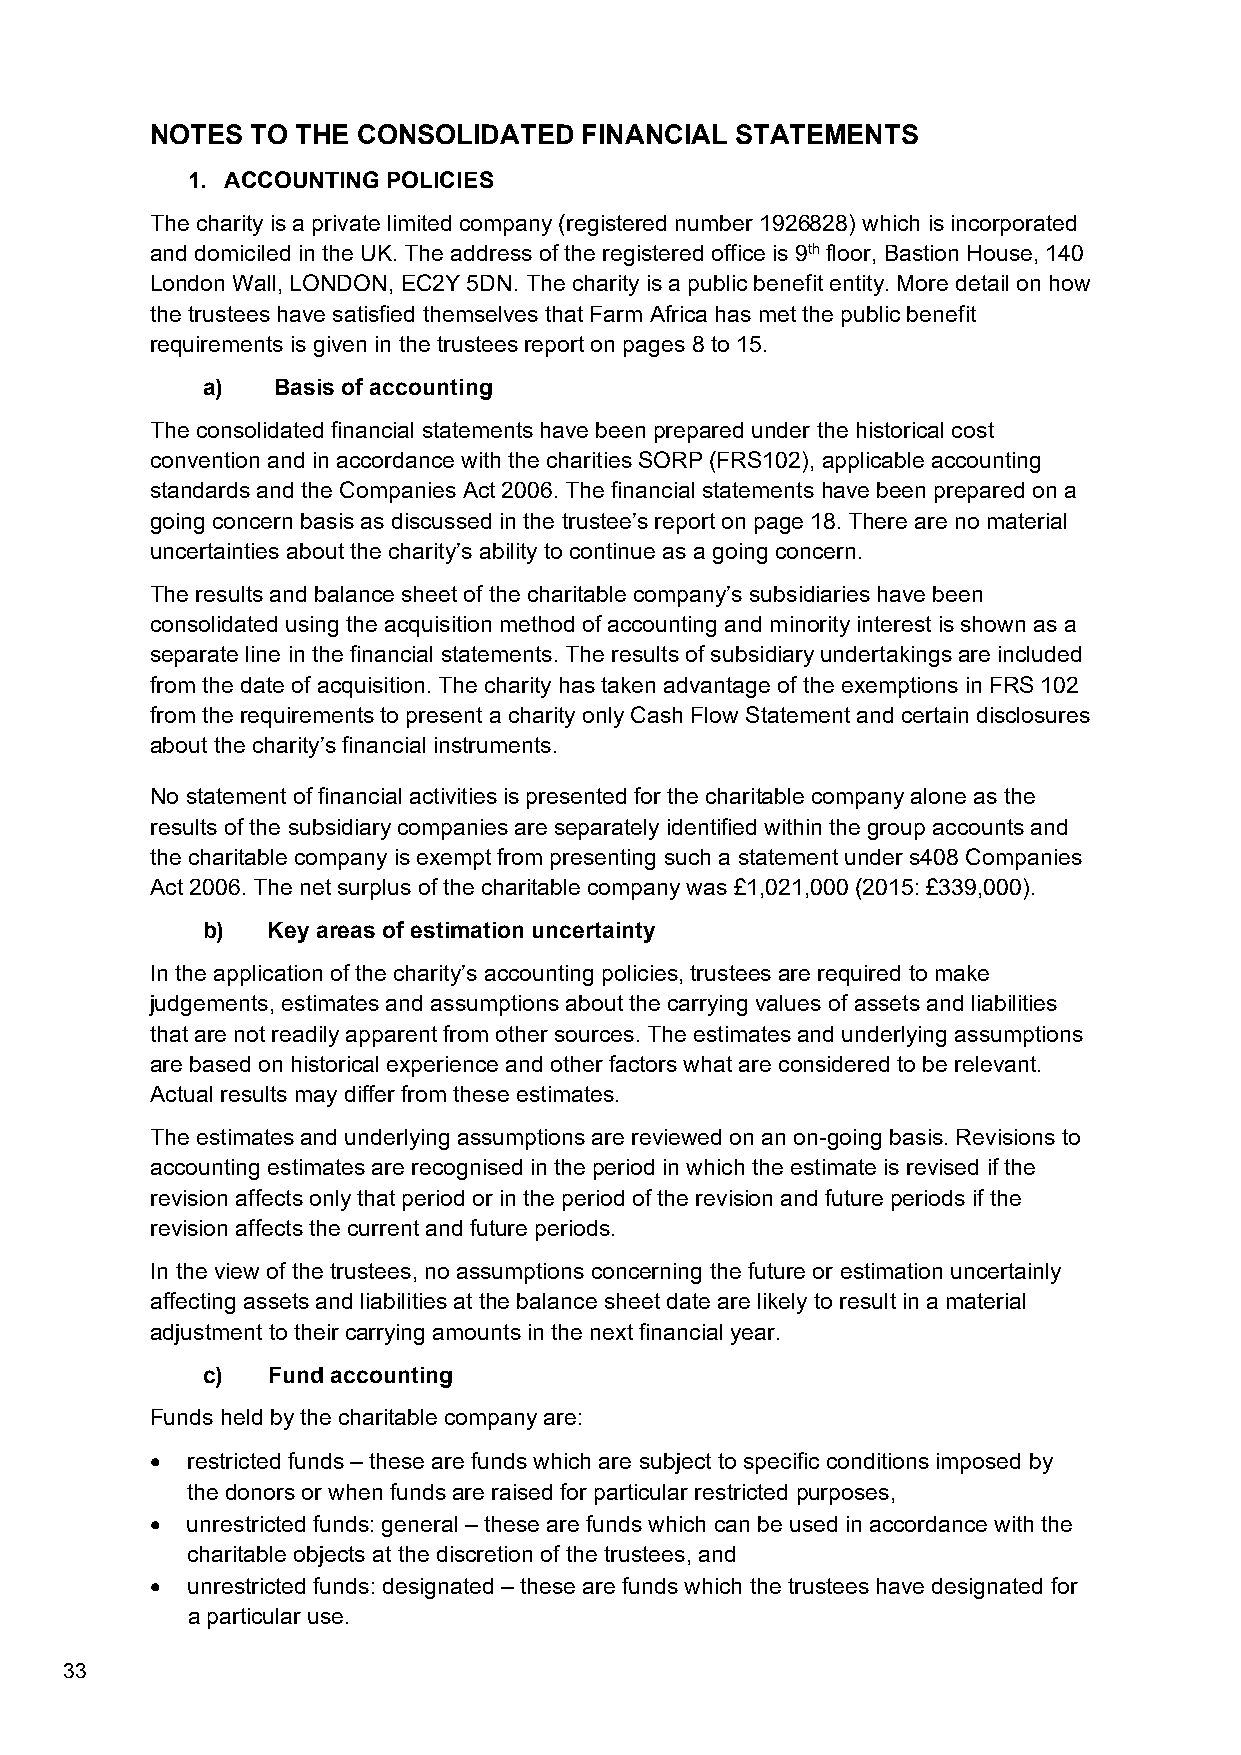
NOTES  TO THE CONSOLIDATED   FINANCIAL STATEMENTS
 1. ACCOUNTING POLICIES
 The charity is a private limited company (registered number 1926828) which is incorporated
 and domiciled in the UK. The address of the registered office is 9th floor, Bastion House, 140
 London Wall, LONDON, EC2Y 5DN. The charity is a public benefit entity. More detail on how
 the trustees have satisfied themselves that Farm Africa has met the public benefit
 requirements is given in the trustees report on pages 8 to 15.
 a)   Basis of accounting
 The consolidated financial statements have been prepared under the historical cost
 convention and in accordance with the charities SORP (FRS102), applicable accounting
 standards and the Companies Act 2006. The financial statements have been prepared on a
 going concern basis as discussed in the trustee’s report on page 18. There are no material
 uncertainties about the charity’s ability to continue as a going concern.
 The results and balance sheet of the charitable company’s subsidiaries have been
 consolidated using the acquisition method of accounting and minority interest is shown as a
 separate line in the financial statements. The results of subsidiary undertakings are included
 from the date of acquisition. The charity has taken advantage of the exemptions in FRS 102
 from the requirements to present a charity only Cash Flow Statement and certain disclosures
 about the charity’s financial instruments.
 No statement of financial activities is presented for the charitable company alone as the
 results of the subsidiary companies are separately identified within the group accounts and
 the charitable company is exempt from presenting such a statement under s408 Companies
 Act 2006. The net surplus of the charitable company was £1,021,000 (2015: £339,000).
 b)   Key areas of estimation uncertainty
 In the application of the charity’s accounting policies, trustees are required to make
 judgements, estimates and assumptions about the carrying values of assets and liabilities
 that are not readily apparent from other sources. The estimates and underlying assumptions
 are based on historical experience and other factors what are considered to be relevant.
 Actual results may differ from these estimates.
 The estimates and underlying assumptions are reviewed on an on-going basis. Revisions to
 accounting estimates are recognised in the period in which the estimate is revised if the
 revision affects only that period or in the period of the revision and future periods if the
 revision affects the current and future periods.
 In the view of the trustees, no assumptions concerning the future or estimation uncertainly
 affecting assets and liabilities at the balance sheet date are likely to result in a material
 adjustment to their carrying amounts in the next financial year.
 c)   Fund accounting
 Funds held by the charitable company are:
  restricted funds – these are funds which are subject to specific conditions imposed by
 the donors or when funds are raised for particular restricted purposes,
  unrestricted funds: general – these are funds which can be used in accordance with the
 charitable objects at the discretion of the trustees, and
  unrestricted funds: designated – these are funds which the trustees have designated for
 a particular use.
 33